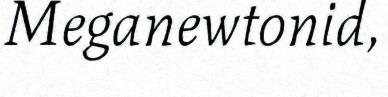
Meganewtonid,